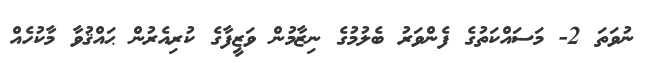
ނުވަތަ 2- މަސައްކަތުގެ ފެންވަރު ބެލުމުގެ ނިޒާމުން ވަޒީފާގެ ކުރިއެރުން ޙައްޤުވާ މާކުހެއް